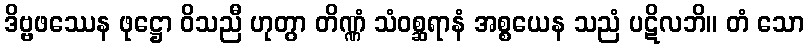
ဒိဗ္ဗဖဿေန ဖုဋ္ဌော ဝိသညီ ဟုတွာ တိဏ္ဏံ သံဝစ္ဆရာနံ အစ္စယေန သညံ ပဋိလဘိ။ တံ သော